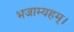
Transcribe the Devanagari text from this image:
भजाम्यहम्।